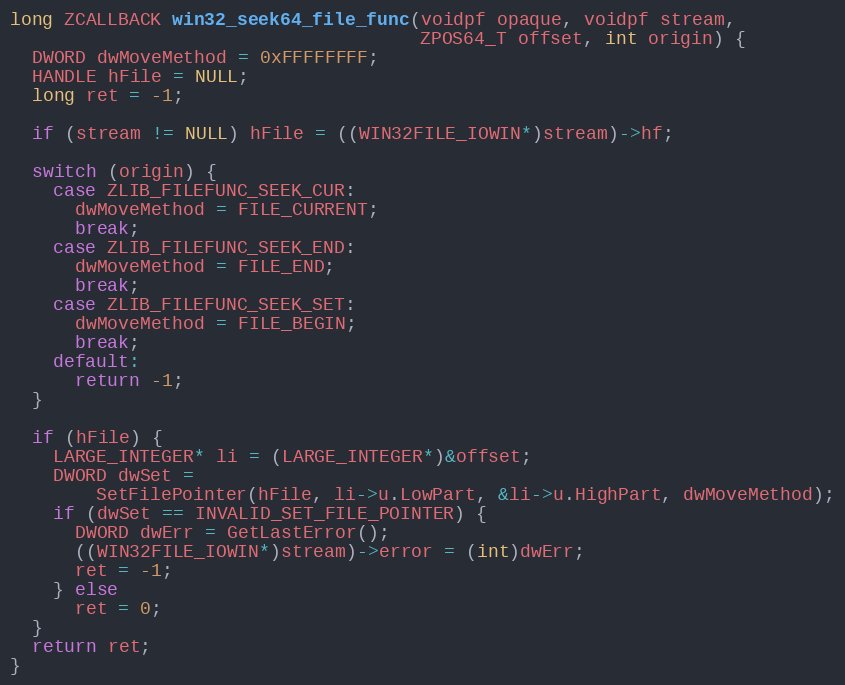
Language: C++
long ZCALLBACK win32_seek64_file_func(voidpf opaque, voidpf stream,
                                      ZPOS64_T offset, int origin) {
  DWORD dwMoveMethod = 0xFFFFFFFF;
  HANDLE hFile = NULL;
  long ret = -1;

  if (stream != NULL) hFile = ((WIN32FILE_IOWIN*)stream)->hf;

  switch (origin) {
    case ZLIB_FILEFUNC_SEEK_CUR:
      dwMoveMethod = FILE_CURRENT;
      break;
    case ZLIB_FILEFUNC_SEEK_END:
      dwMoveMethod = FILE_END;
      break;
    case ZLIB_FILEFUNC_SEEK_SET:
      dwMoveMethod = FILE_BEGIN;
      break;
    default:
      return -1;
  }

  if (hFile) {
    LARGE_INTEGER* li = (LARGE_INTEGER*)&offset;
    DWORD dwSet =
        SetFilePointer(hFile, li->u.LowPart, &li->u.HighPart, dwMoveMethod);
    if (dwSet == INVALID_SET_FILE_POINTER) {
      DWORD dwErr = GetLastError();
      ((WIN32FILE_IOWIN*)stream)->error = (int)dwErr;
      ret = -1;
    } else
      ret = 0;
  }
  return ret;
}